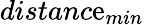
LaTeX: distanc\mathrm{e}_{min}